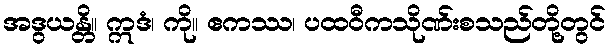
အဒွယန္တိ။ ဣဒံ၊ ကို။ ဧကဿ၊ ပထဝီကသိုဏ်းစသည်တို့တွင်